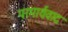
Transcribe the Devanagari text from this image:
परमार्थवाद